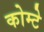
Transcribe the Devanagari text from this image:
कोम्टे